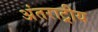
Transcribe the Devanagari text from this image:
अंतराट्रीय